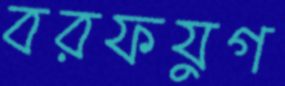
বরফযুগ